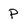
Character: P